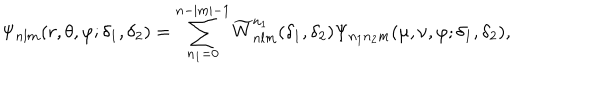
LaTeX: \Psi _ { n l m } ( r , \theta , \varphi ; \delta _ { 1 } , \delta _ { 2 } ) = \sum _ { n _ { 1 } = 0 } ^ { n - | m | - 1 } \widetilde W _ { n l m } ^ { n _ { 1 } } ( \delta _ { 1 } , \delta _ { 2 } ) \Psi _ { n _ { 1 } n _ { 2 } m } ( \mu , \nu , \varphi ; \delta _ { 1 } , \delta _ { 2 } ) ,